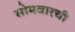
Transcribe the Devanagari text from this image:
सोमवारची